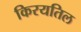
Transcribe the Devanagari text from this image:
किरयतिल